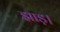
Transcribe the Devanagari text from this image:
झाड़।